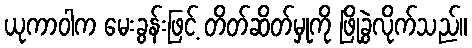
ယုကာဝါက မေးခွန်းဖြင့် တိတ်ဆိတ်မှုကို ဖြိုခွဲလိုက်သည်။